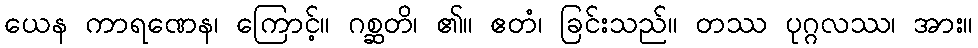
ယေန ကာရဏေန၊ ကြောင့်။ ဂစ္ဆတိ၊ ၏။ ဧတံ၊ ခြင်းသည်။ တဿ ပုဂ္ဂလဿ၊ အား။